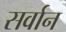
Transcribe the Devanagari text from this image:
सर्वान